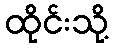
ထိုင်းသို့